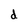
Character: d